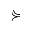
\curlyeqsucc